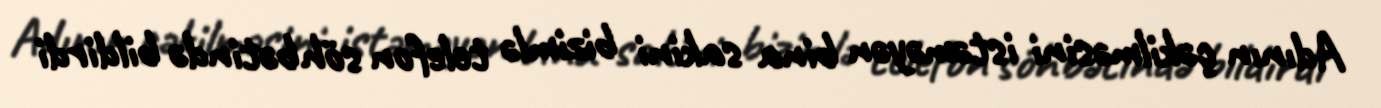
Adının çəkilməsini istəməyən bina sakini bizimlə telefon söhbətində bildirdi